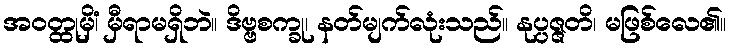
အဝတ္ထုမှိံ၊ မှီရာမရှိဘဲ။ ဒိဗ္ဗစက္ခု၊ နတ်မျက်လုံးသည်။ နုပ္ပဇ္ဇတိ၊ မဖြစ်လေ၏။